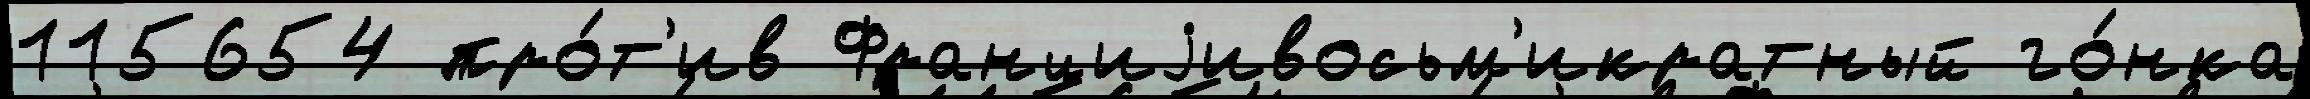
115654 про́т'ив Франциjивосьм'икратный го́нка